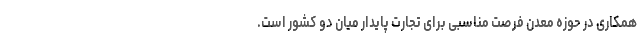
همکاری در حوزه معدن فرصت مناسبی برای تجارت پایدار میان دو کشور است.